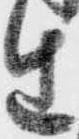
生